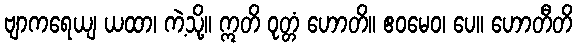
ဗျာကရေယျ ယထာ၊ ကဲ့သို့။ ဣတိ ဝုတ္တံ ဟောတိ။ ဧဝမေဝ၊ ပေ။ ဟောတီတိ